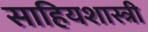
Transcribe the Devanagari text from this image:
साहियशास्त्री